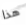
هذا